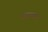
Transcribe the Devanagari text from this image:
रत्ननाभः